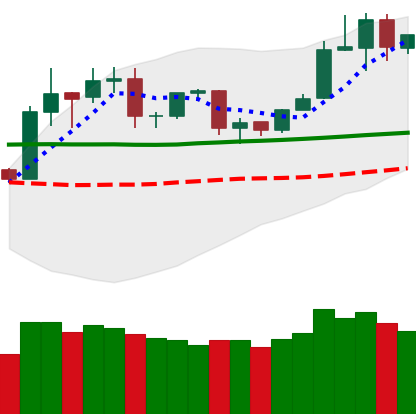
Ticker: TRX-USD
Chart end date: 2020-02-01
Forward return: 18.207%
Label: up_7plus